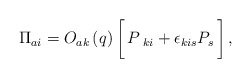
\begin{align*}\Pi_{ai} = O_{ak}\left(q\right) \biggl [\, P_{\ ki} +\epsilon _{kis} P_s\,\biggr]\,,\end{align*}